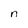
Character: n